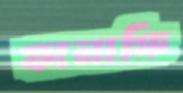
ফানাফি